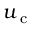
u _ { \textup { c } }